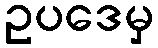
ဥပဒေမှ